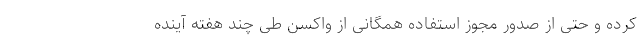
کرده و حتی از صدور مجوز استفاده همگانی از واکسن طی چند هفته آینده